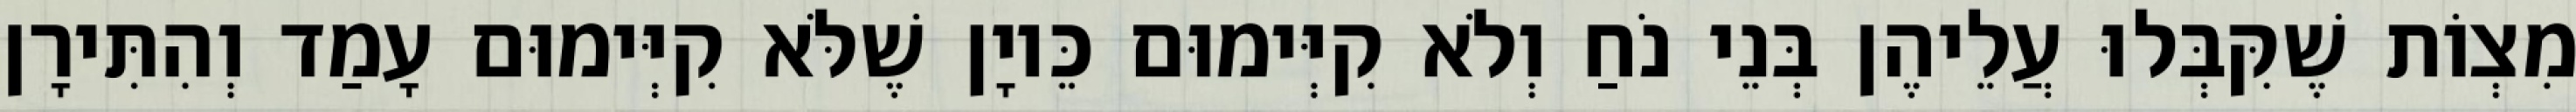
מִצְוֹת שֶׁקִּבְּלוּ עֲלֵיהֶן בְּנֵי נֹחַ וְלֹא קִיְּימוּם כֵּיוָן שֶׁלֹּא קִיְּימוּם עָמַד וְהִתִּירָן